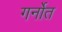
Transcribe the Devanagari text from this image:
गर्नोत